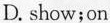
D.show;on